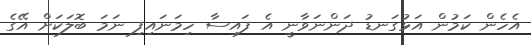
އެހެން ކަމުން އަޅުގަނޑު ދަންނަވާނީ އެ ފައިސާ ހިމަނައިފި ނަމަ ބޮލަކަށް އޭގެ